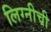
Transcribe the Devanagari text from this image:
लिग्नीची